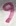
Text: 9